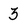
Character: 3